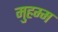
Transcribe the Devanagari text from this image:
मुहम्म